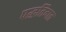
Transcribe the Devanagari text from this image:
पद्धतिगत